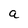
Character: a